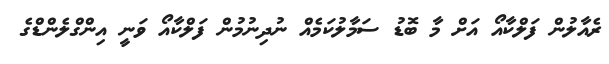
ރެއާލުން ފަލްކާއޯ އަށް މާ ބޮޑު ސަމާލުކަމެއް ނުދިނުމުން ފަލްކާއޯ ވަނީ އިންގްލެންޑްގެ